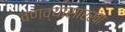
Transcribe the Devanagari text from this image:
वणव्यासारखा